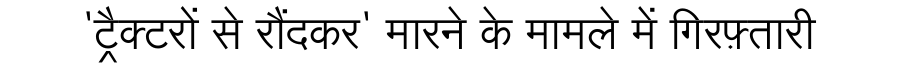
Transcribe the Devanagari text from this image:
'ट्रैक्टरों से रौंदकर' मारने के मामले में गिरफ़्तारी